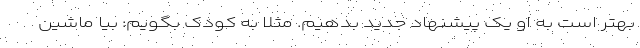
بهتر است به او یک پیشنهاد جدید بدهیم. مثلا به کودک بگویم: بیا ماشین